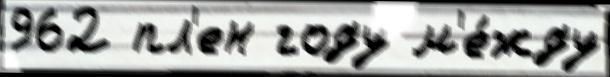
962 пл'ен году м'е́жду